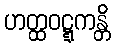
ဟတ္ထဝဋ္ဋကန္တိ